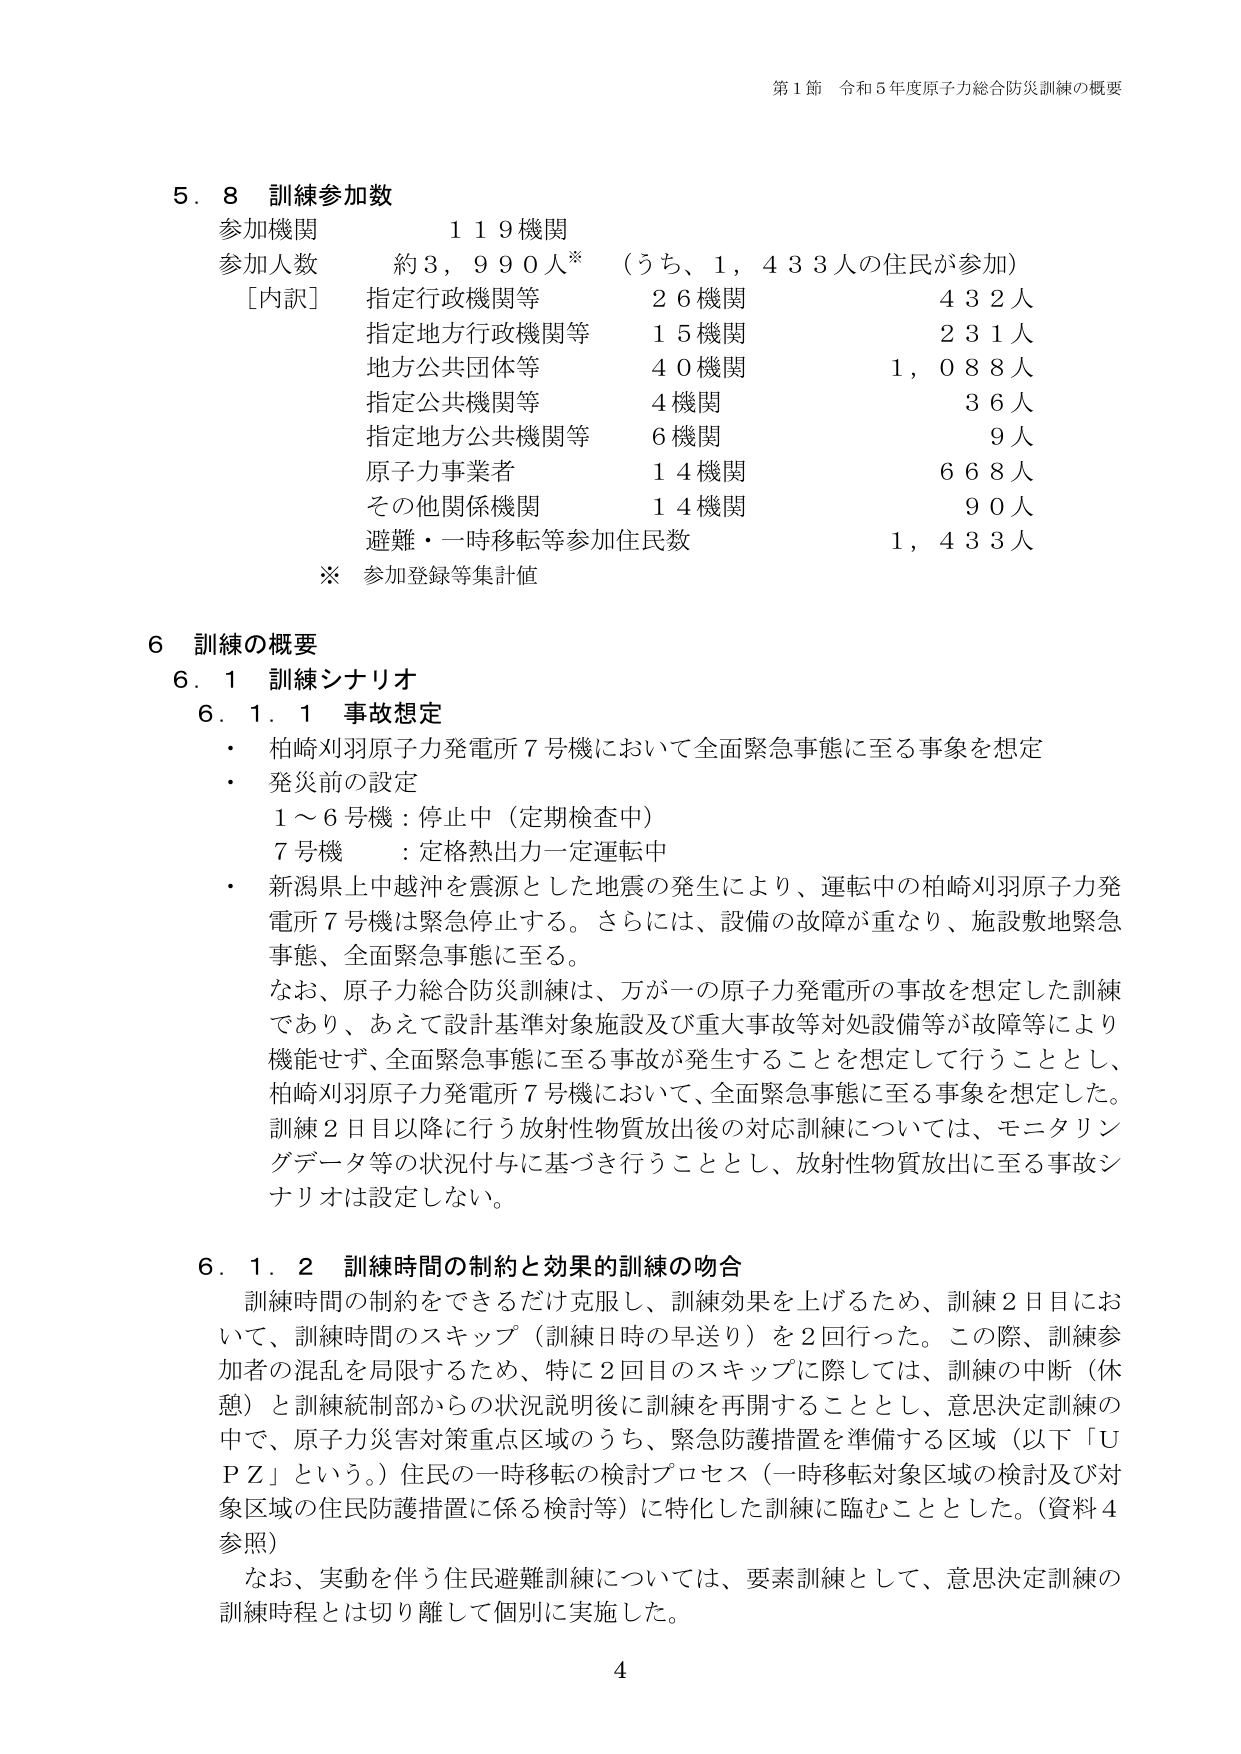
第1節 令和5年度原子力総合防災訓練の概要

5．8 訓練参加数
参加機関 119機関
参加人数 約3,990人※ （うち、1,433人の住民が参加）
［内訳］ 指定行政機関等 26機関 432人
指定地方行政機関等 15機関 231人
地方公共団体等 40機関 1,088人
指定公共機関等 4機関 36人
指定地方公共機関等 6機関 9人
原子力事業者 14機関 668人
その他関係機関 14機関 90人
避難・一時移転等参加住民数 1,433人
※ 参加登録等集計値

6 訓練の概要
6．1 訓練シナリオ
6．1．1 事故想定
・ 柏崎刈羽原子力発電所7号機において全面緊急事態に至る事象を想定
・ 発災前の設定
1～6号機：停止中（定期検査中）
7号機 ：定格熱出力一定運転中
・ 新潟県上中越沖を震源とした地震の発生により、運転中の柏崎刈羽原子力発電所7号機は緊急停止する。さらには、設備の故障が重なり、施設敷地緊急事態、全面緊急事態に至る。
なお、原子力総合防災訓練は、万が一の原子力発電所の事故を想定した訓練であり、あえて設計基準対象施設及び重大事故等対処設備等が故障等により機能せず、全面緊急事態に至る事故が発生することを想定して行うこととし、柏崎刈羽原子力発電所7号機において、全面緊急事態に至る事象を想定した。訓練2日目以降に行う放射性物質放出後の対応訓練については、モニタリングデータ等の状況付与に基づき行うこととし、放射性物質放出に至る事故シナリオは設定しない。

6．1．2 訓練時間の制約と効果的訓練の吻合
訓練時間の制約をできるだけ克服し、訓練効果を上げるため、訓練2日目において、訓練時間のスキップ（訓練日時の早送り）を2回行った。この際、訓練参加者の混乱を局限するため、特に2回目のスキップに際しては、訓練の中断（休憩）と訓練統制部からの状況説明後に訓練を再開することとし、意思決定訓練の中で、原子力災害対策重点区域のうち、緊急防護措置を準備する区域（以下「UPZ」という。）住民の一時移転の検討プロセス（一時移転対象区域の検討及び対象区域の住民防護措置に係る検討等）に特化した訓練に臨むこととした。（資料4参照）
なお、実動を伴う住民避難訓練については、要素訓練として、意思決定訓練の訓練時程とは切り離して個別に実施した。

4